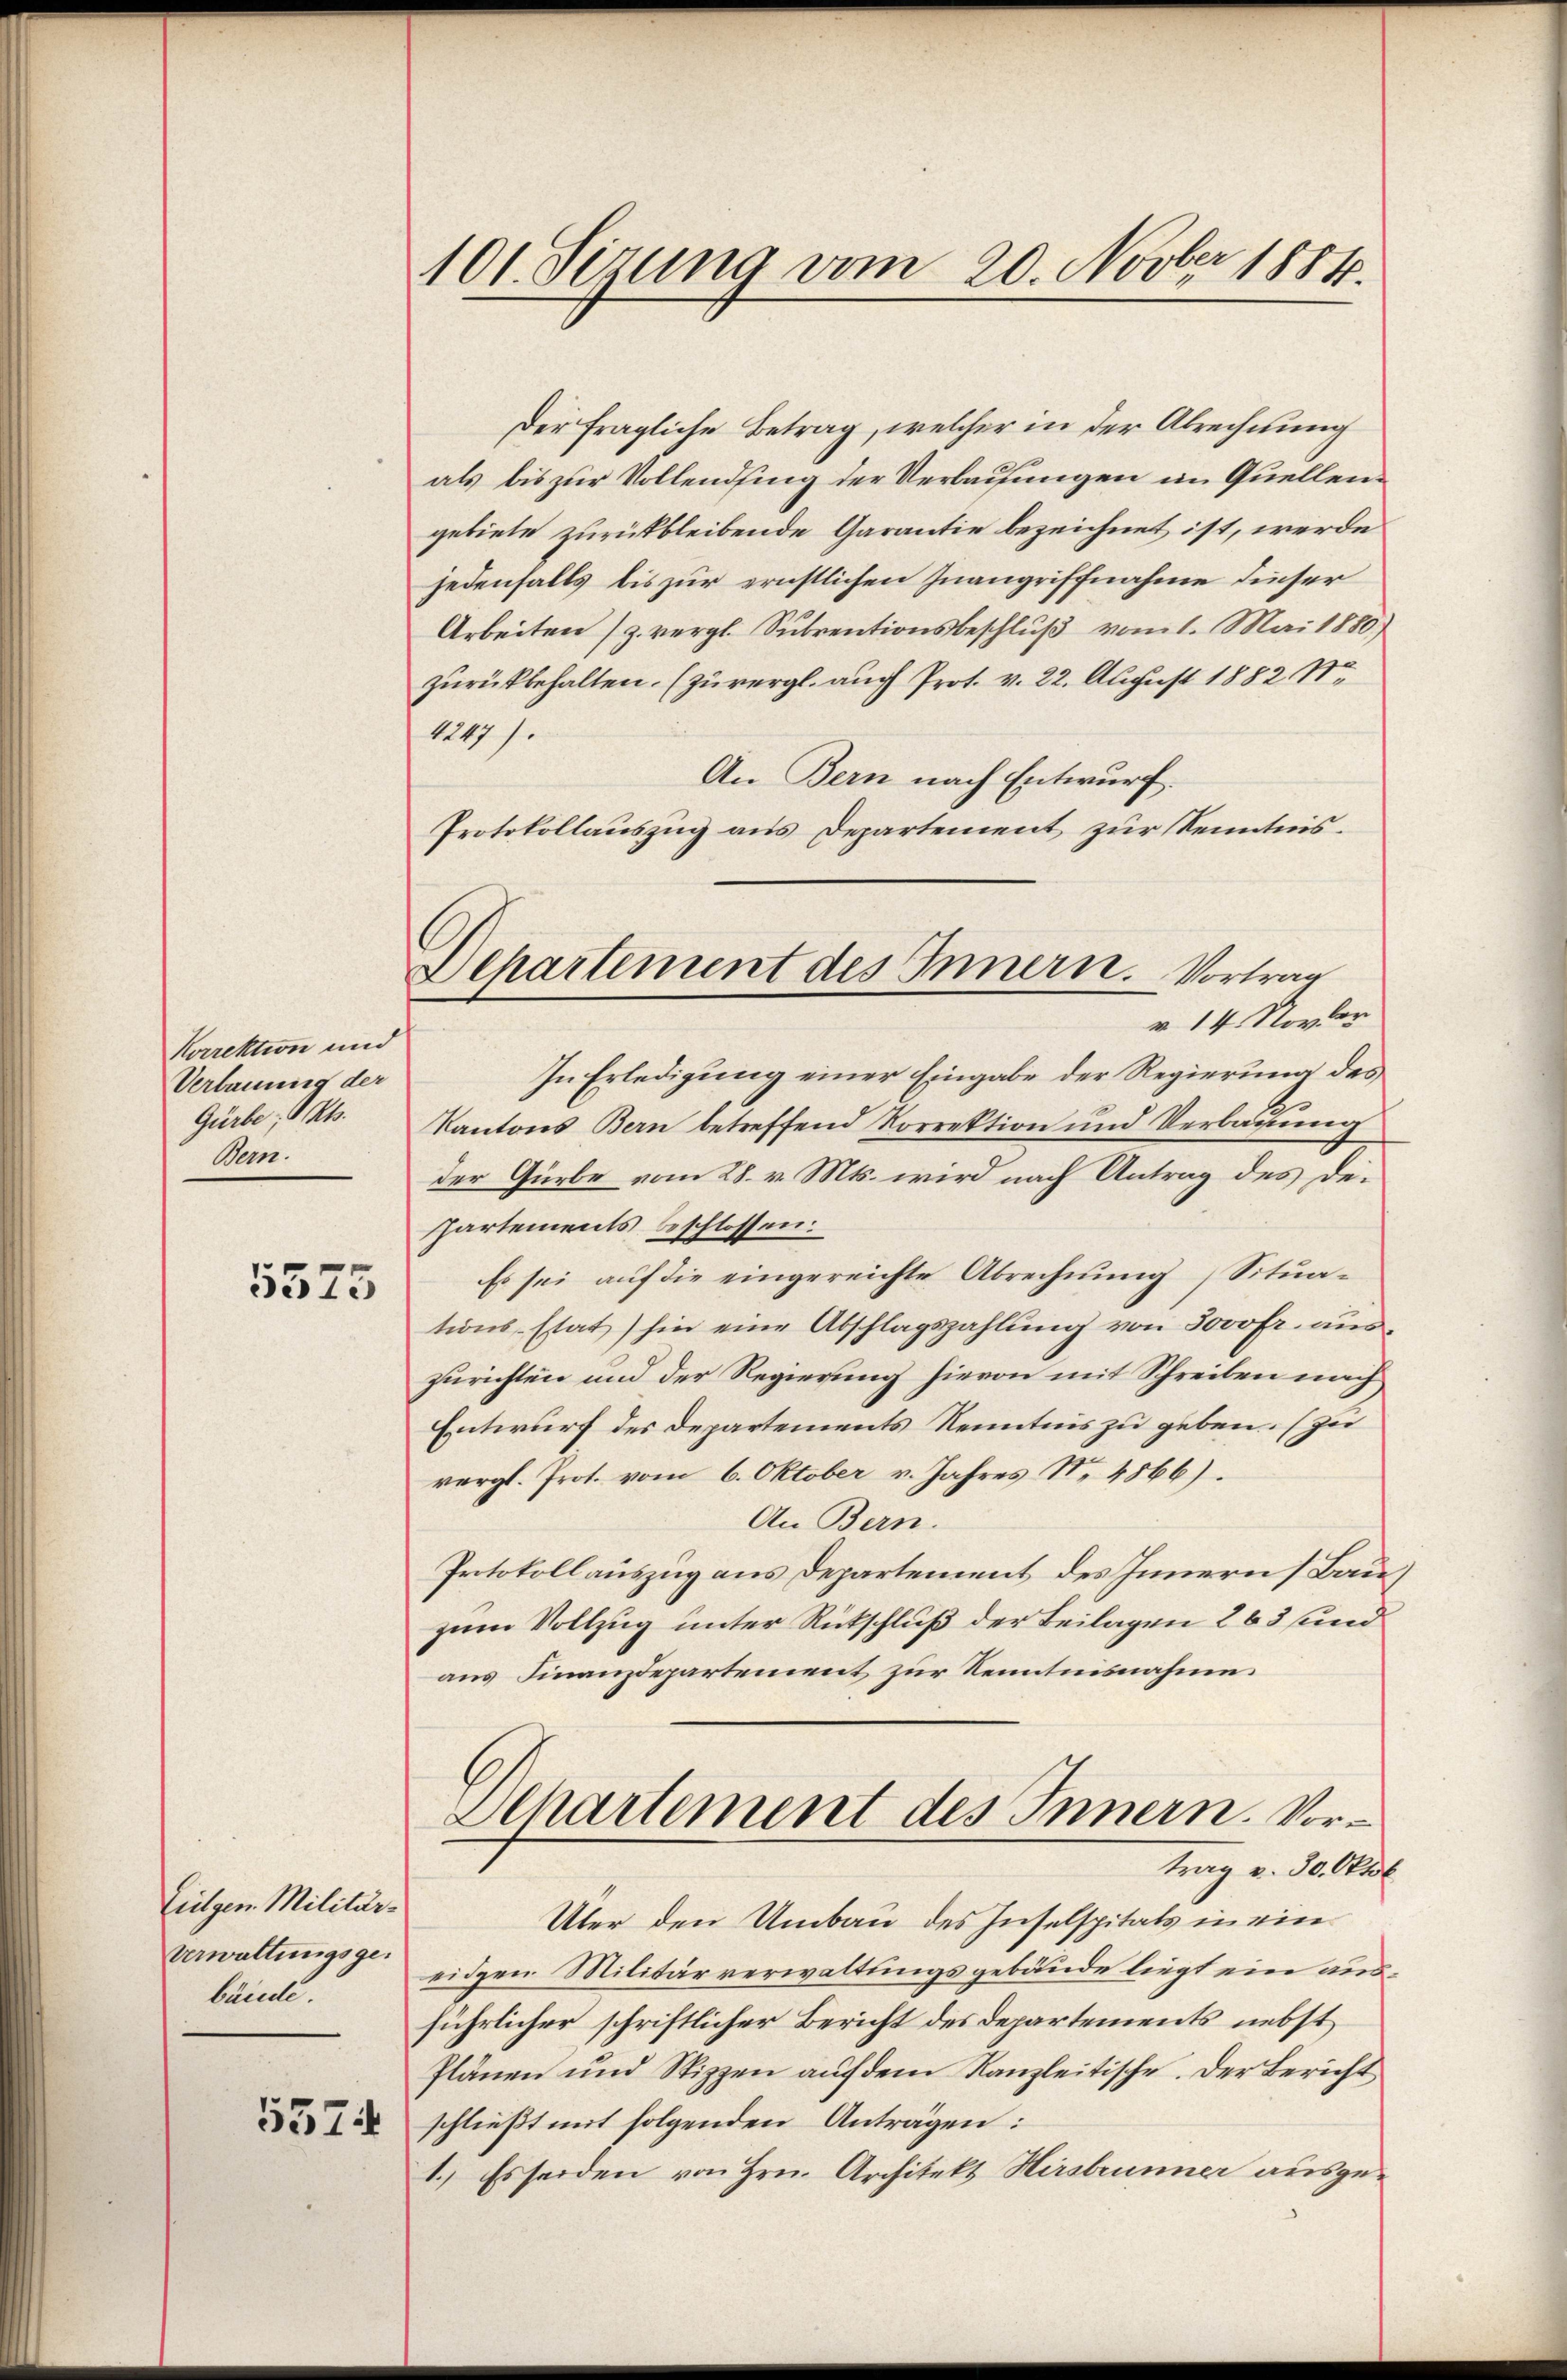
Korrektion und
Verbauung der
Gürbe, 1 Kts.
Bern.

5575

Eulgen. Militär-
Verwaltungsgebände
5574

101. Sizung vom 20. Novber 1884.

Departement des Innern. Vortrag
v. 14. Novber

Der fragliche Betrag, welcher in der Abrechnung
als bis zur Vollendsing der Verbauungen im Quellengebiete zurückbleibende Garantie bezeichnet ist, werde
jedenfalls bis zur ernstlichen Inangriffnahme dieser
Arbeiten (z. vergl. Subventionsbeschluß vom 1. Mai 1880)
zurückbehalten. (zuvergl. auch Prot. v. 22. August 1882 S.
4247).
An Bern nach Entwurf.
Protokollauszug aus Departement zur Kenntnis¬
In Erledigung einer Eingabe der Regierung des
Kantons Bern betreffend Korrektion und Verbauung
der Gürbe vom 28. v. Mts. wird nach Antrag des De¬
Partements beschlossen:
Es sei auf die eingereichte Abrechnung (Situations-Etat) hin eine Abschlagszahlung von 3000fr. aus
zurichten und der Regierung hievon mit Schreiben nach
Entwurf des Departements Kenntnis zu geben. (Zu
vergl. Prot. vom 6. Oktober v. Jahres No. 4866).
An Bern.
Protokollauszug aus Departement des Innern (Bau
zum Vollzug unter Rückschluß der Beilagen 263 und
aus Finanzdepartement zur Kenntnisnahme.
Departement des Innern. Vortrag v. 30. Oktob
Über den Umbau des Inselspitals in ein
eidgen Militärverwaltungsgebäude liegt ein ausführlicher schriftlicher Bericht des Departements nebst
Plänen und Stizzen auf dem Kanzleitische. Der Bericht
schließt mit folgenden Anträgen:
1.) Es seiden von Hrn. Architekt Hirsbrunner ausge¬